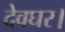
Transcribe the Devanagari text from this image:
देवघर।